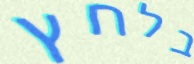
בלחץ